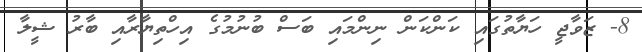
8- ޒަވާޖީ ހަޔާތުގައި ކަންކަން ނިންމައި ބަސް ބުނުމުގެ އިހްތިޔާރާއި ބާރު ޝީލާ